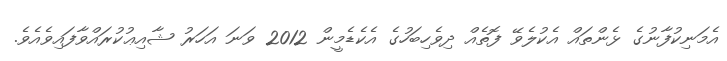
އެމަނިކުފާނުގެ ޅެންތައް އެކުލެވޭ ފޮތެއް ދިވެހިބަހުގެ އެކެޑެމީން 2012 ވަނަ އަހަރު ޝާއިޢުކުރައްވާފައިވެއެވެ.